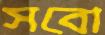
সবো